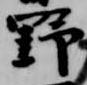
野